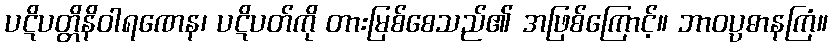
ပဋိပတ္တိနိဝါရဏေန၊ ပဋိပတ်ကို တားမြစ်စေသည်၏ အဖြစ်ကြောင့်။ ဘာဝပ္ပဓာနကြံ။